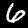
Label: 6